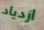
ازدياد